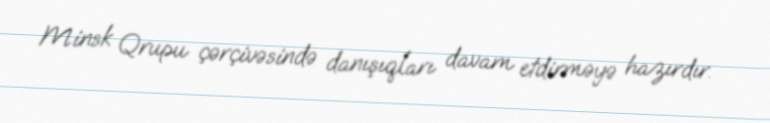
Minsk Qrupu çərçivəsində danışıqları davam etdirməyə hazırdır.